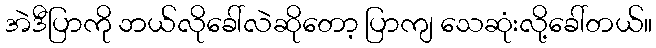
အဲဒီပြာကို ဘယ်လိုခေါ်လဲဆိုတော့ ပြာကျ သေဆုံးလို့ခေါ်တယ်။